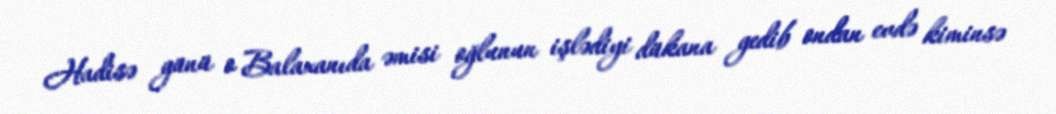
Hadisə günü o Balaxanıda əmisi oğlunun işlədiyi dükana gedib ondan evdə kiminsə